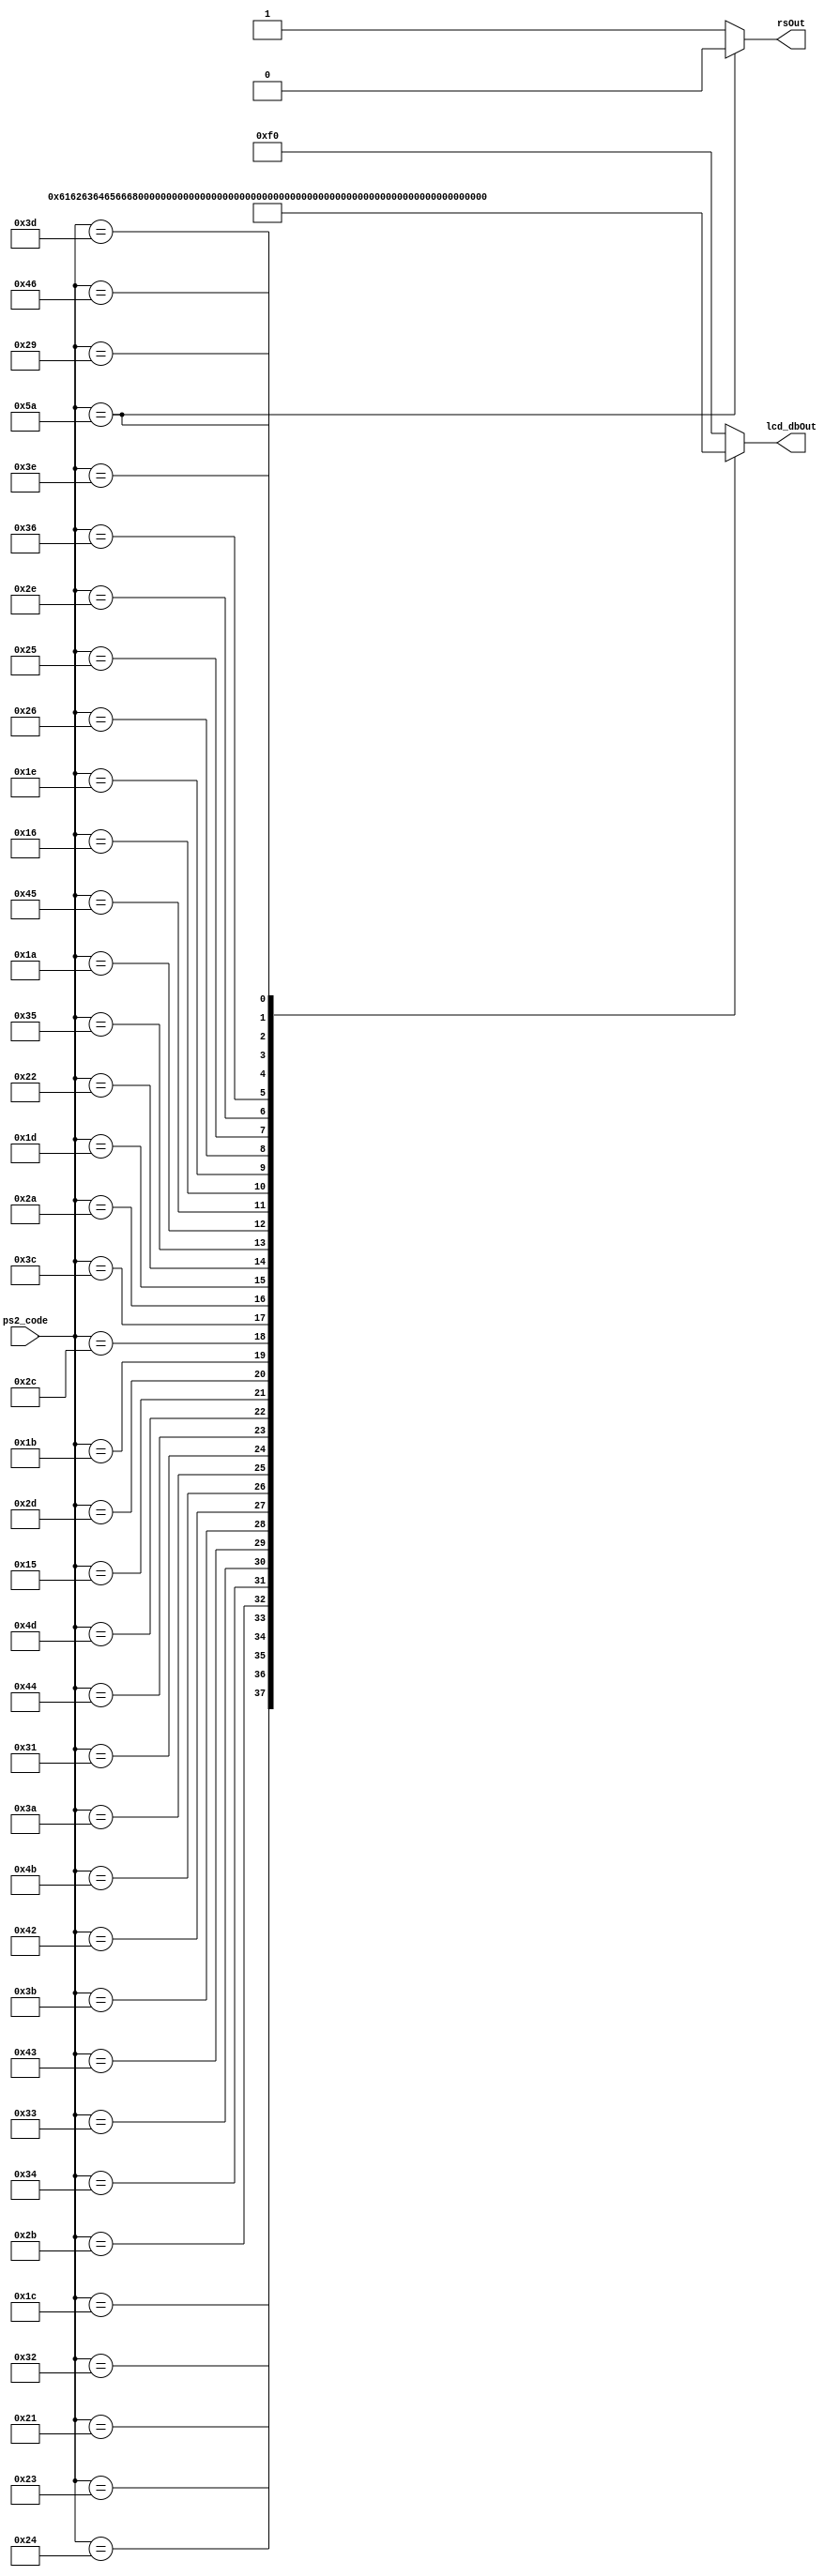
module ps2_to_ascii(
    input [7:0] ps2_code,
    output reg [7:0] lcd_dbOut,
    output reg rsOut
);

always@* begin
    case (ps2_code)
        8'h5A : rsOut = 1'b0; // --^?  ENTER
        default : rsOut = 1'b1;
    endcase
end

always@* begin
    case(ps2_code)
        8'h1C : lcd_dbOut = 8'h61; // --a
        8'h32 : lcd_dbOut = 8'h62; // --b
        8'h21 : lcd_dbOut = 8'h63; // --c
        8'h23 : lcd_dbOut = 8'h64; // --d
        8'h24 : lcd_dbOut = 8'h65; // --e
        8'h2B : lcd_dbOut = 8'h66; // --f
        8'h34 : lcd_dbOut = 8'h67; // --g
        8'h33 : lcd_dbOut = 8'h68; // --h
        8'h43 : lcd_dbOut = 8'h69; // --i
        8'h3B : lcd_dbOut = 8'h6A; // --j
        8'h42 : lcd_dbOut = 8'h6B; // --k
        8'h4B : lcd_dbOut = 8'h6C; // --l
        8'h3A : lcd_dbOut = 8'h6D; // --m
        8'h31 : lcd_dbOut = 8'h6E; // --n
        8'h44 : lcd_dbOut = 8'h6F; // --o
        8'h4D : lcd_dbOut = 8'h70; // --p
        8'h15 : lcd_dbOut = 8'h71; // --q
        8'h2D : lcd_dbOut = 8'h72; // --r
        8'h1B : lcd_dbOut = 8'h73; // --s
        8'h2C : lcd_dbOut = 8'h74; // --t
        8'h3C : lcd_dbOut = 8'h75; // --u
        8'h2A : lcd_dbOut = 8'h76; // --v
        8'h1D : lcd_dbOut = 8'h77; // --w
        8'h22 : lcd_dbOut = 8'h78; // --x
        8'h35 : lcd_dbOut = 8'h79; // --y
        8'h1A : lcd_dbOut = 8'h7A; // --z
        8'h45 : lcd_dbOut = 8'h30; // --0
        8'h16 : lcd_dbOut = 8'h31; // --1
        8'h1E : lcd_dbOut = 8'h32; // --2
        8'h26 : lcd_dbOut = 8'h33; // --3
        8'h25 : lcd_dbOut = 8'h34; // --4
        8'h2E : lcd_dbOut = 8'h35; // --5
        8'h36 : lcd_dbOut = 8'h36; // --6
        8'h3D : lcd_dbOut = 8'h37; // --7
        8'h3E : lcd_dbOut = 8'h38; // --8
        8'h46 : lcd_dbOut = 8'h39; // --9
        8'h5A : lcd_dbOut = 8'hC0; // --ENTER
        8'h29 : lcd_dbOut = 8'h20; // --SPACE
        8'hF0 : lcd_dbOut = 8'hF0; // --^?  DEL
        default : lcd_dbOut = 8'hF0;
    endcase
end

endmodule